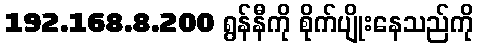
192.168.8.200 ရွန်နီကို စိုက်ပျိုးနေသည်ကို